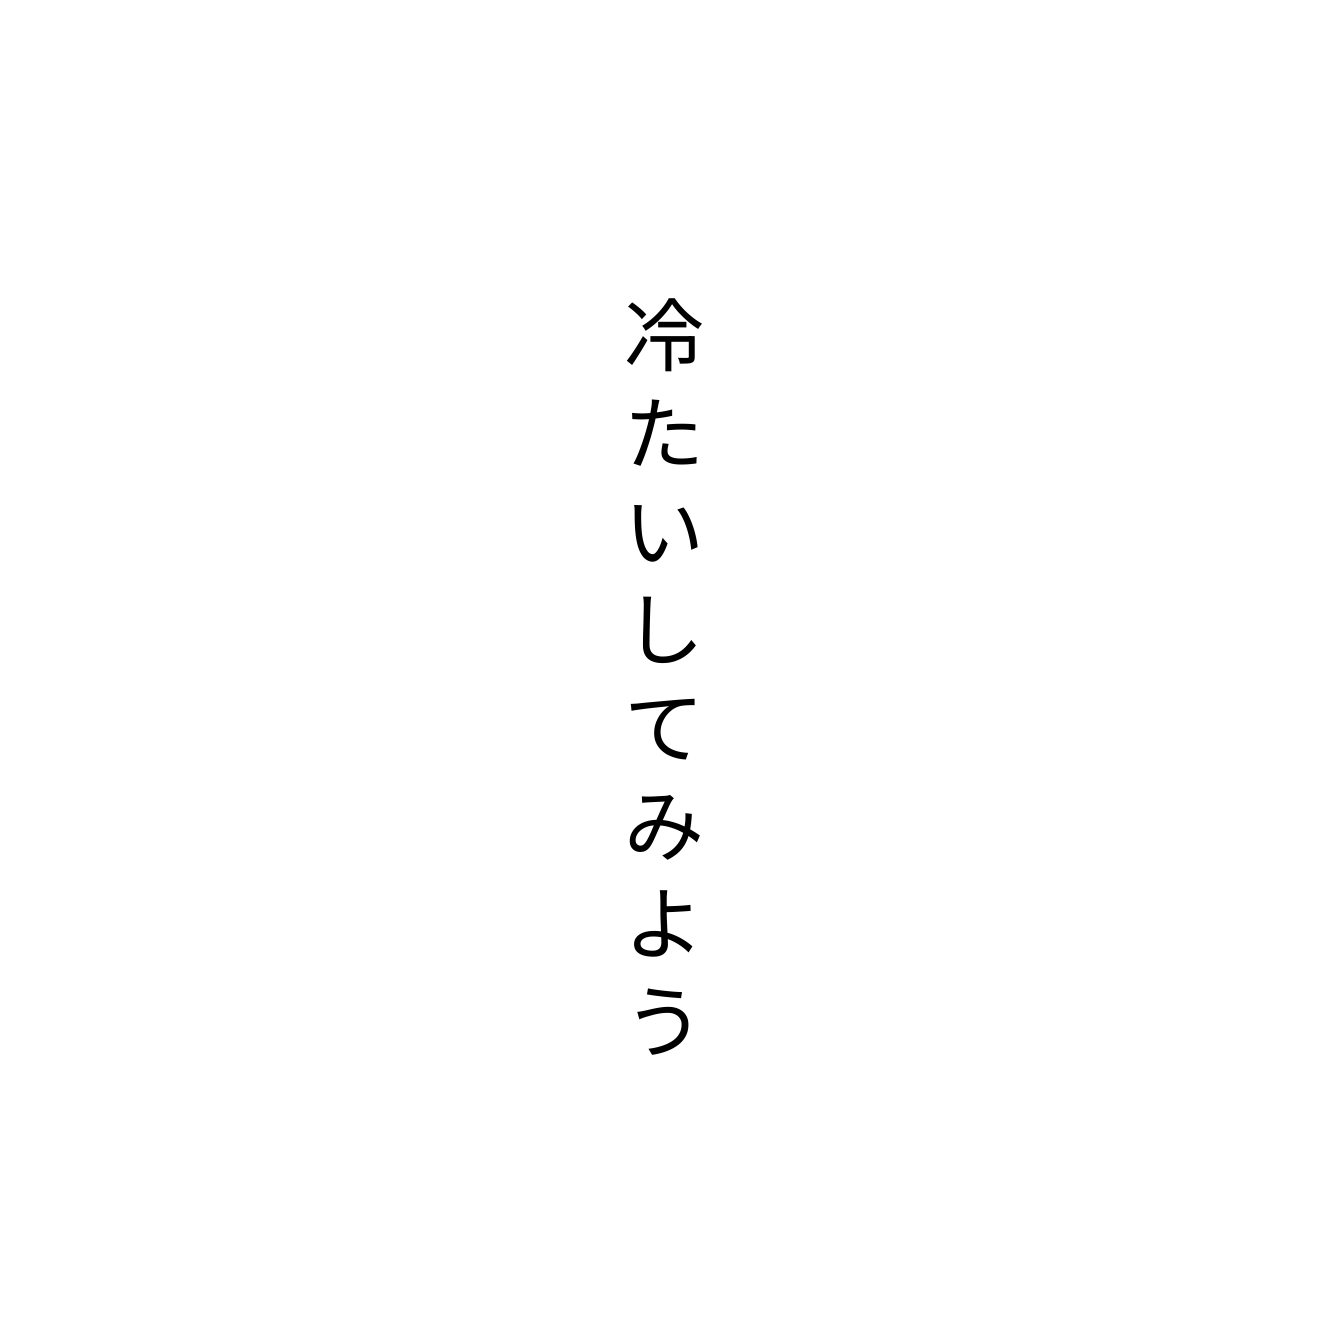
冷たいしてみよう